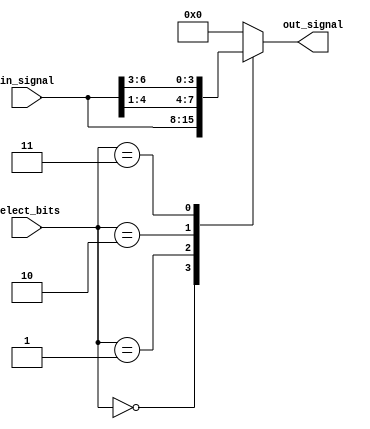
module part_select_assign (
    input [7:0] in_signal,
    input [3:0] select_bits,
    output reg [3:0] out_signal
);

always @(*) begin
    case(select_bits)
        4'b0000: out_signal = in_signal[4:7];
        4'b0001: out_signal = in_signal[0:3];
        4'b0010: out_signal = in_signal[1:4];
        4'b0011: out_signal = in_signal[3:6];
        default: out_signal = 4'b0000;
    endcase
end

endmodule